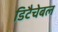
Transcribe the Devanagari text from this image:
डिटैचेबल